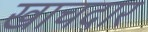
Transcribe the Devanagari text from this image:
खाचदार